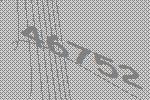
46752